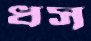
ধস